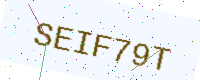
Text: SEIF79T